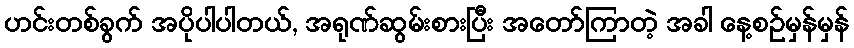
ဟင်းတစ်ခွက် အပိုပါပါတယ်, အရုဏ်ဆွမ်းစားပြီး အတော်ကြာတဲ့ အခါ နေ့စဉ်မှန်မှန်